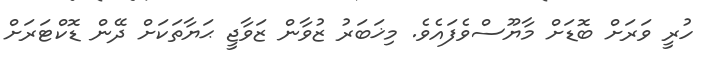
ހުރީ ވަރަށް ބޮޑަށް މާޔޫސްވެފައެވެ. މިޚަބަރު ޒުވާން ޒަވާޖީ ޙަޔާތަކަށް ދޭން ޑޮކްޓަރަށް